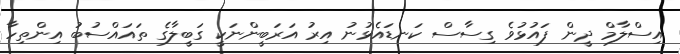
އިސްލާމް ދީން ފައުޅުވެ ގިސާސް ކަނޑައެޅުނު އިރު އަރަބީންނަކީ ގަބީލާގެ ތައައްސުބު އިންތިހާ